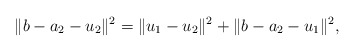
\begin{align*}\|b-a_2-u_2\|^2=\|u_1-u_2\|^2+\|b-a_2-u_1\|^2,\end{align*}